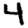
Digit: 4